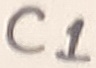
Text: C1